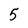
Character: 5